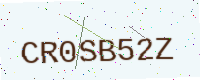
Text: CR0SB52Z